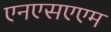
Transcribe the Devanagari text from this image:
एनएसएएम